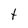
Character: t